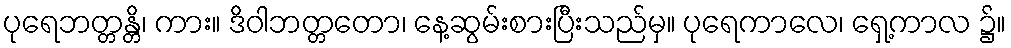
ပုရေဘတ္တန္တိ၊ ကား။ ဒိဝါဘတ္တတော၊ နေ့ဆွမ်းစားပြီးသည်မှ။ ပုရေကာလေ၊ ရှေ့ကာလ ၌။